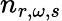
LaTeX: n_{r,\omega,s}